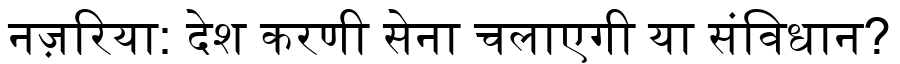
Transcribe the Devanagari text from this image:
नज़रिया: देश करणी सेना चलाएगी या संविधान?